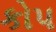
કોપ